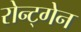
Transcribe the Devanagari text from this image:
रोन्ट्गेेन